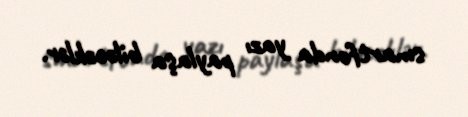
smartfonda yazı paylaşa biləcəklər.